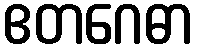
ဧတဂေဓာ